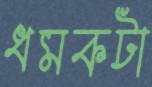
ধমকটা